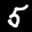
Label: 5